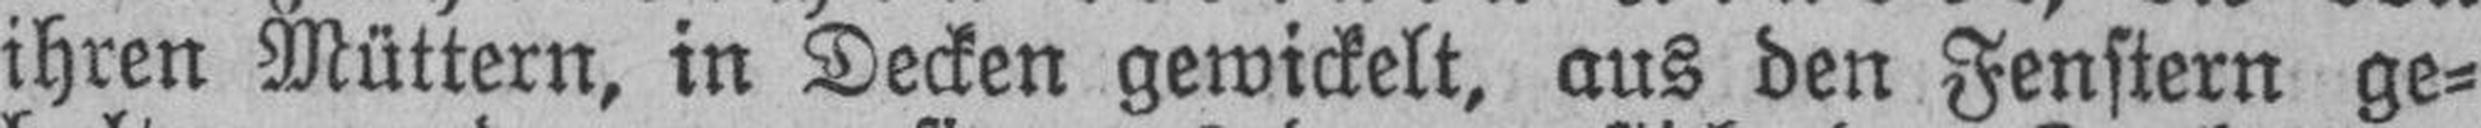
ihren Müttern, in Decken gewickelt, aus den Fenstern ge¬